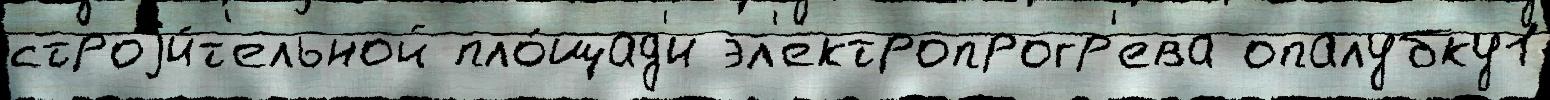
строjи́т'ельной пло́щад'и эл'ектропрогр'ева опалубку1